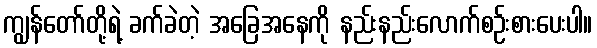
ကျွန်တော်တို့ရဲ့ ခက်ခဲတဲ့ အခြေအနေကို နည်းနည်းလောက်စဉ်းစားပေးပါ။